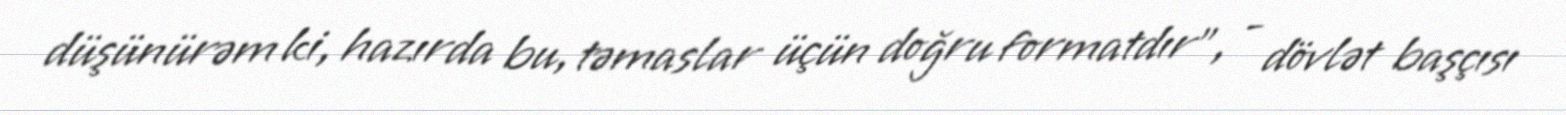
düşünürəm ki, hazırda bu, təmaslar üçün doğru formatdır", - dövlət başçısı